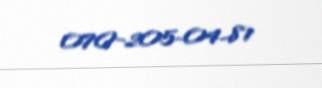
070-205-04-81